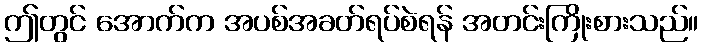
ဤတွင် အောက်က အပစ်အခတ်ရပ်စဲရန် အတင်းကြိုးစားသည်။